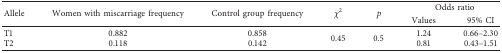
<table><thead><tr><td rowspan="2"><b>Allele</b></td><td rowspan="2"><b>Women with miscarriage frequency</b></td><td rowspan="2"><b>Control group frequency</b></td><td rowspan="2"><b><i>χ</i><sup>2</sup></b></td><td rowspan="2"><b><i>p</i></b></td><td colspan="2"><b>Odds ratio</b></td></tr><tr><td><b>Values</b></td><td><b>95% CI</b></td></tr></thead><tbody><tr><td>T1</td><td>0.882</td><td>0.858</td><td rowspan="2">0.45</td><td rowspan="2">0.5</td><td>1.24</td><td>0.66–2.30</td></tr><tr><td>T2</td><td>0.118</td><td>0.142</td><td>0.81</td><td>0.43–1.51</td></tr></tbody></table>